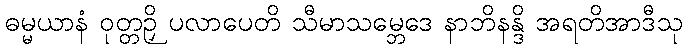
ဓမ္မယာနံ ဝုတ္တဉှိ ပလာပေတိ သီမာသမ္ဘေဒေ နာဘိနန္ဒိ အရတိအာဒီသု